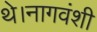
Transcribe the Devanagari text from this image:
थे।नागवंशी